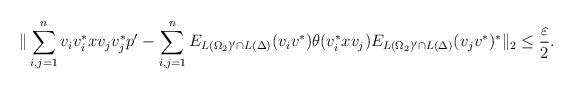
LaTeX: \begin{align*}\|\sum_{i,j=1}^nv_iv_i^*xv_jv_j^*p'-\sum_{i,j=1}^nE_{L(\Omega_2)'\cap L(\Delta)}(v_iv^*)\theta(v_i^*xv_j)E_{L(\Omega_2)'\cap L(\Delta)}(v_jv^*)^*\|_2\leq\frac{\varepsilon}{2}. \end{align*}